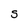
Character: S